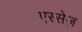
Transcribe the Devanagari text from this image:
एस्सेज़